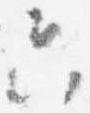
只